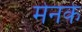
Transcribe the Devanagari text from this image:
मेनके